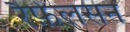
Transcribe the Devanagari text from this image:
रैफ़ेलसन